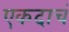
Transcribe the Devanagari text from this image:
एकदाचं